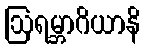
ဩရမ္ဘာဂိယာနိ